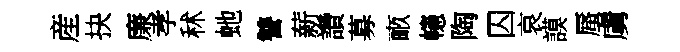
産抉廉孝秫虵讐薪讚募畞幰陶囚哀謨蜃虜